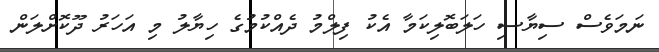
ނަމަވެސް ސިޔާސި ހަލަބޮލިކަމާ އެކު ފިލްމު ދެއްކުމުގެ ހިޔާލު މި އަހަރު ދޫކޮށްލަން